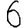
Digit: 6